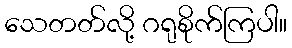
သေတတ်လို့ ဂရုစိုက်ကြပါ။